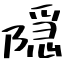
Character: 隠